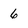
Character: 6